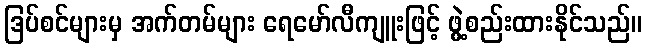
ဒြပ်စင်များမှ အက်တမ်များ ရေမော်လီကျူးဖြင့် ဖွဲ့စည်းထားနိုင်သည်။